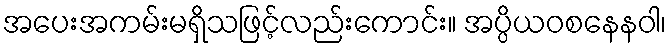
အပေးအကမ်းမရှိသဖြင့်လည်းကောင်း။ အပ္ပိယဝစနေနဝါ၊